Civil Veterinary Department ledger series I-VI
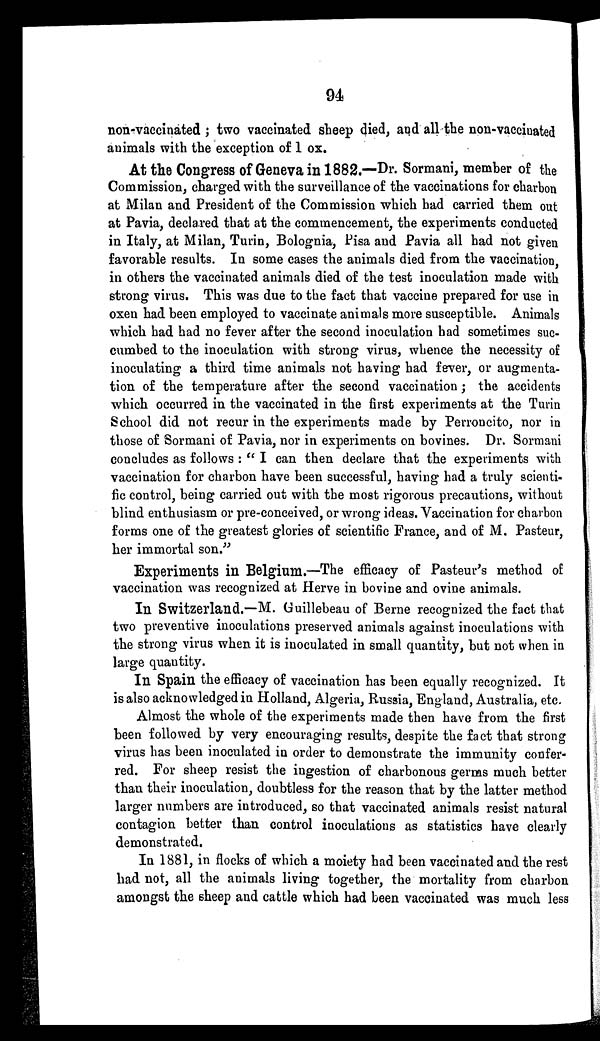
94
non-vaccinated; two vaccinated sheep died, and all the non-vaccinated
animals with the exception of 1 ox.
At the Congress of Geneva in 1882.—Dr. Sormani, member of the
Commission, charged with the surveillance of the vaccinations for charbon
at Milan and President of the Commission which had carried them out
at Pavia, declared that at the commencement, the experiments conducted
in Italy, at Milan, Turin, Bolognia, Pisa and Pavia all had not given
favorable results. In some cases the animals died from the vaccination,
in others the vaccinated animals died of the test inoculation made with
strong virus, This was due to the fact that vaccine prepared for use in
oxen had been employed to vaccinate animals more susceptible. Animals
which had had no fever after the second inoculation had sometimes suc-
cumbed to the inoculation with strong virus, whence the necessity of
inoculating a third time animals not having had fever, or augmenta-
tion of the temperature after the second vaccination; the accidents
which occurred in the vaccinated in the first experiments at the Turin
School did not recur in the experiments made by Perroncito, nor in
those of Sormani of Pavia, nor in experiments on bovines. Dr. Sormani
concludes as follows: "I can then declare that the experiments with
vaccination for charbon have been successful, having had a truly scienti-
fic control, being carried out with the most rigorous precautions, without
blind enthusiasm or pre-conceived, or wrong ideas. Vaccination for charbon
forms one of the greatest glories of scientific France, and of M. Pasteur,
her immortal son."
Experiments in Belgium.—The efficacy of Pasteur's method of
vaccination was recognized at Herve in bovine and ovine animals.
In Switzerland.—M. Guillebeau of Berne recognized the fact that
two preventive inoculations preserved animals against inoculations with
the strong virus when it is inoculated in small quantity, but not when in
large quantity.
In Spain the efficacy of vaccination has been equally recognized. It
is also acknowledged in Holland, Algeria, Russia, England, Australia, etc.
Almost the whole of the experiments made then have from the first
been followed by very encouraging results, despite the fact that strong
virus has been inoculated in order to demonstrate the immunity confer-
red. For sheep resist the ingestion of charbonous germs much better
than their inoculation, doubtless for the reason that by the latter method
larger numbers are introduced, so that vaccinated animals resist natural
contagion better than control inoculations as statistics have clearly
demonstrated.
In 1881, in flocks of which a moiety had been vaccinated and the rest
had not, all the animals living together, the mortality from charbon
amongst the sheep and cattle which had been vaccinated was much less